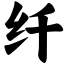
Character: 纤